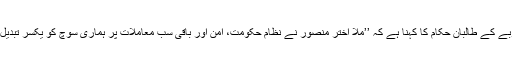
ہلمند صوبے کے طالبان حکام کا کہنا ہے کہ ’’ملا اختر منصور نے نظامِ حکومت، امن اور باقی سب معاملات پر ہماری سوچ کو یکسر تبدیل کر دیا‘‘۔